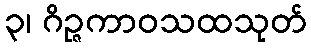
၃၊ ဂိဉ္ဇကာဝသထသုတ်